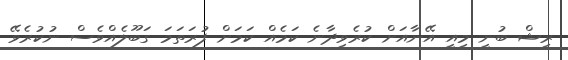
ރިޝް ބުނީ މިއީ އޭނާއަށް ކުރެވިދާނެ ކަމެއް ކަމަށް ފުރަތަމަ ގަބޫލެއްވެސް ނުކުރެވޭ